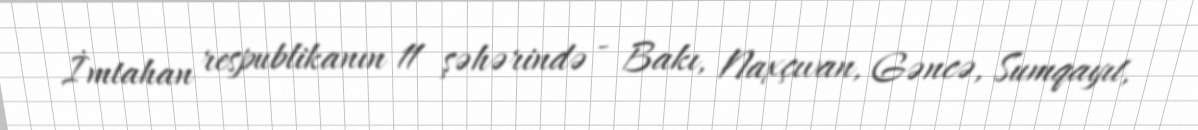
İmtahan respublikanın 11 şəhərində - Bakı, Naxçıvan, Gəncə, Sumqayıt,